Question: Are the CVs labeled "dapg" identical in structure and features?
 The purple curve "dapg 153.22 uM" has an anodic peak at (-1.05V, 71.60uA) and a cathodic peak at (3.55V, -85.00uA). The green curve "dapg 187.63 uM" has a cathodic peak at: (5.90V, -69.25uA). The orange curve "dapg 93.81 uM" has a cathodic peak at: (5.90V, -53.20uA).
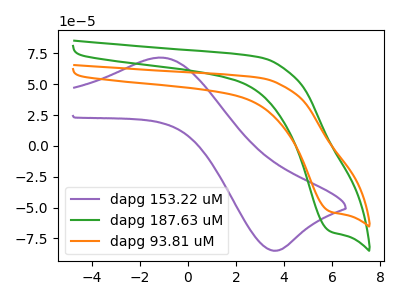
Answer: <think>"dapg 153.22 uM" and "dapg 187.63 uM" have a different number of peaks. "dapg 153.22 uM" and "dapg 93.81 uM" have a different number of peaks. All the peaks in "dapg 187.63 uM" have a peak in "dapg 93.81 uM" at the same potential. Every peak in "dapg 187.63 uM" is higher than every peak in "dapg 93.81 uM".
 </think>
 <answer>All the CV's of "dapg" have similar shape.</answer>
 <eval>follow_rule</eval>